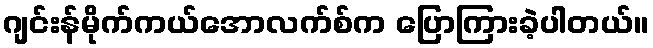
ဂျင်းန်မိုက်ကယ်အောလက်စ်က ပြောကြားခဲ့ပါတယ်။